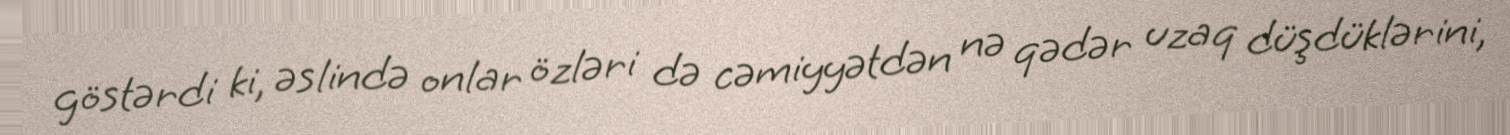
göstərdi ki, əslində onlar özləri də cəmiyyətdən nə qədər uzaq düşdüklərini,